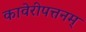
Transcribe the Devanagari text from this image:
कावेरीपत्तनम्